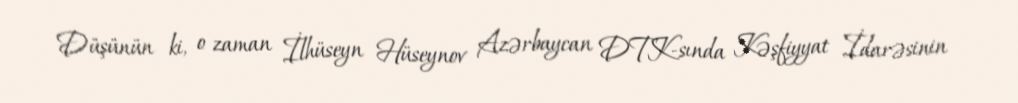
Düşünün ki, o zaman İlhüseyn Hüseynov Azərbaycan DTK-sında Kəşfiyyat İdarəsinin